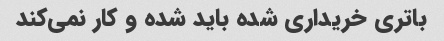
باتری خریداری شده باید شده و کار نمی‌کند